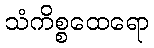
သံကိစ္စထေရော